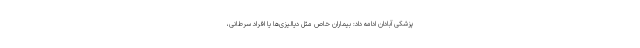
پزشکی آبادان ادامه داد: بیماران خاص مثل دیالیزی‌ها یا افراد سرطانی،